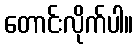
တောင်းလိုက်ပါ။